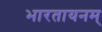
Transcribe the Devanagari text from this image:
भारतायनम्